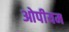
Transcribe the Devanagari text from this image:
ओपीयम